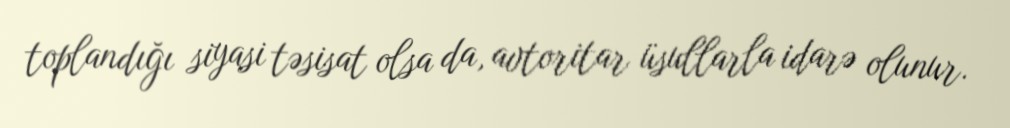
toplandığı siyasi təsisat olsa da, avtoritar üsullarla idarə olunur.